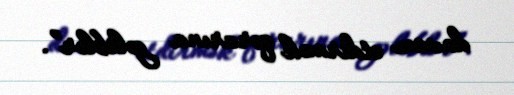
davam etdirmək qərarına gəliblər”.